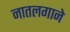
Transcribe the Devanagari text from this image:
नातलगाने